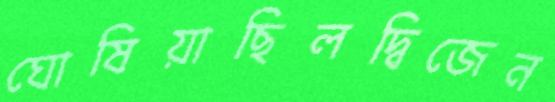
ঘোষিয়াছিলদ্বিজেন